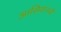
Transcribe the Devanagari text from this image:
आसियानची